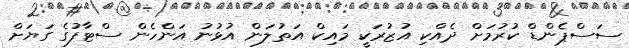
ސަސްޕެންޑް ކުރުމަށް ދެއްކި އުޒުރަކީ މައިކް އަތުލަން އުޅުނު އަންހެން ސްޓާފުގެ ގަޔަށް